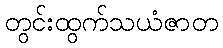
တွင်းထွက်သယံဇာတ